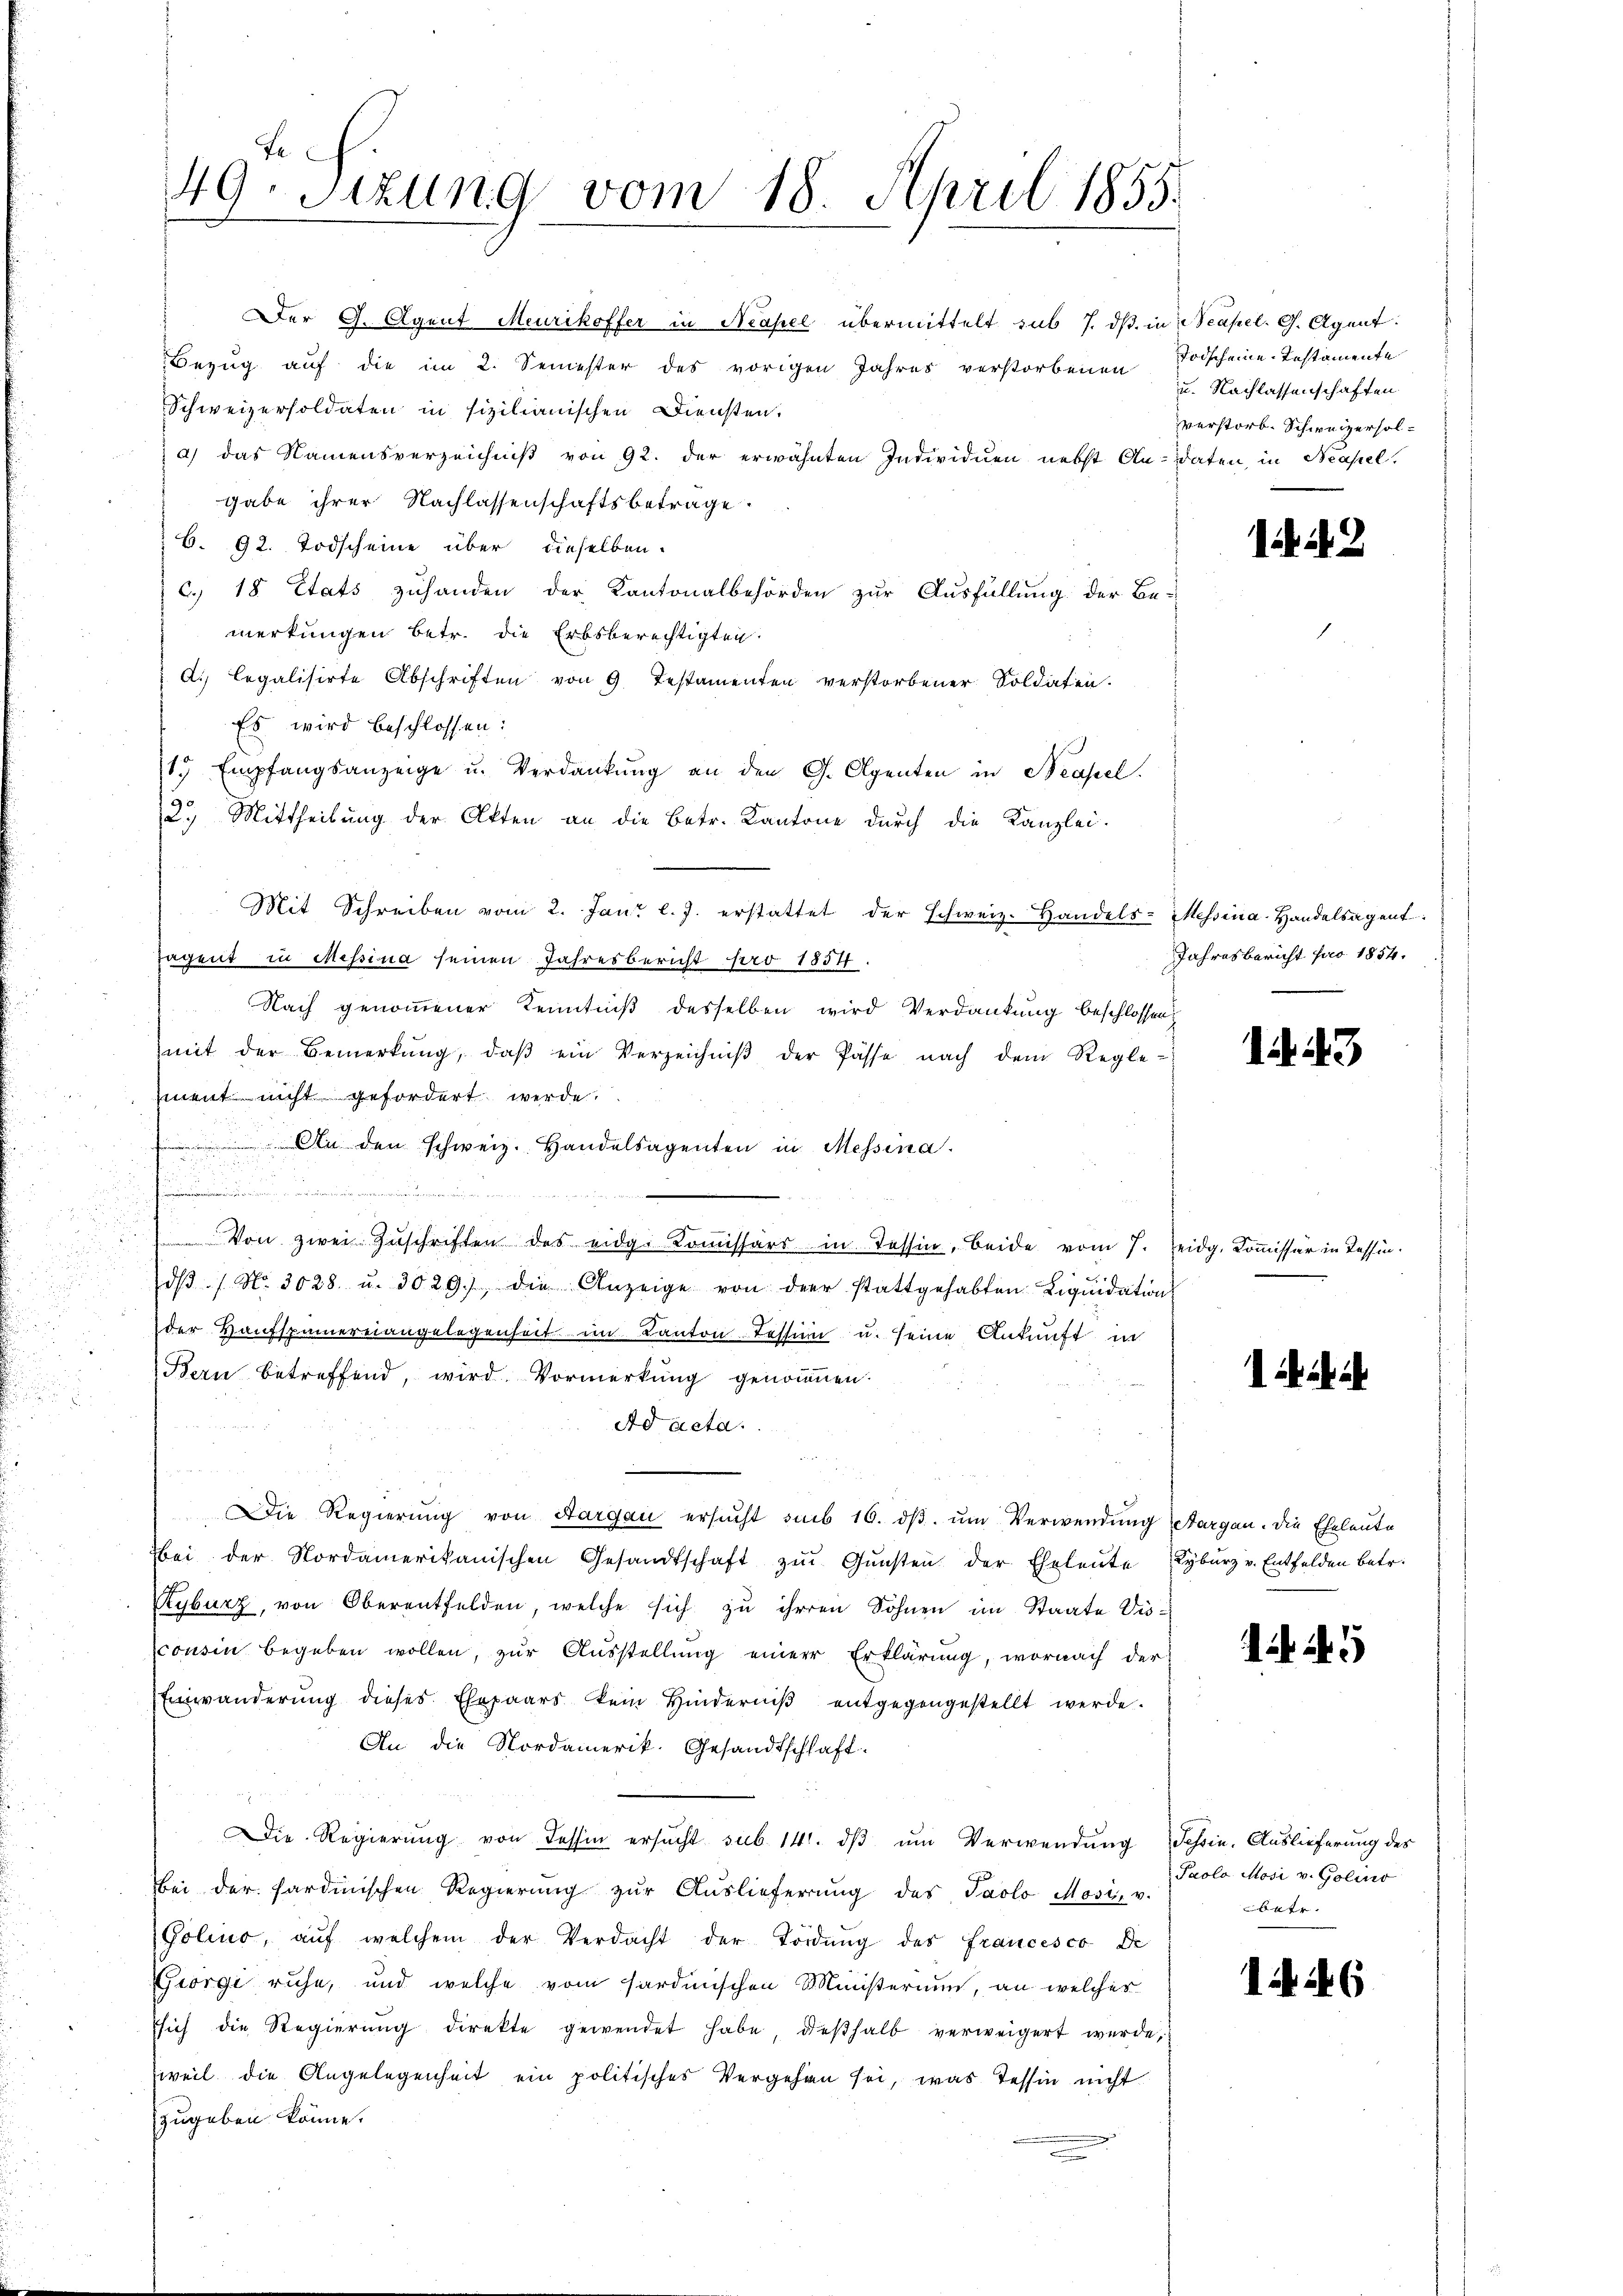
u

Der G. Agent Meurikoffer in Neapel übermittelt sub 7. ds. in Neapel. G. Agent
Bezug auf die im 2. Semester des vorigen Jahres verstorbenen Todscheine Testamente
Schweizersoldaten in sizilianischen Diensten.
a) das Namensverzeichniß von 92. der erwähnten Individuen nebst An-Daten, in Neapel.
gabe ihrer Nachlassenschaftsbetrage.
6. 92. Todscheine über dieselben.
c. 18 Etats zuhanden der Kantonalbehörden zur Ausfüllung der Be-
merkungen betr. die Erbsberechtigten.
A. legalisirte Abschriften von 9 testamenten verstorbener Soldaten.
Es wird beschlossen:
11 Empfangsanzeige u. Verdankŭng an den G. Alpenten in Neapel.
2.) Mittheilung der Akten an die betr. Kantone durch die Kanzlei-
Mit Schreiben vom 2. Jan. l. J. erstattet der Schweiz. Handels-Messina-Handelsagent
agent in Messina seinen Jahresbericht pro 1854.
Nach genommener Kenntniß desselben wird Verdankung beschlossen,
mit der Bemerkŭng, daβ ein Verzeichniβ der Pässe nach dem Regle-
iment nicht gefordert werde.
 An den schweiz. Handelsagenten in Messina.

 Von zwei Zŭschriften des eidg. Komissärs in Tessin, beide vom 7. Zeidg. Kom̅issär in Tessindβ / No. 3028 u. 3029, die Anzeige von der stattgehabten Liqŭidation
i
der Haufspamereiangelegenheit im Kanton Tessin u. seine Ankunft in
Bern betreffend, wird Vormerkung genommen.
Ad acta.
Die Regierŭng von Aargau ersŭcht sub 16. dβ. ŭm Verwendŭng Aargau. Die Eheleute
bei der Nordamerikanischen Gesandtschaft zŭ Gŭnsten der Eheleute Kyburz v. Entfelden betr.
Ryburg, von Oberentfelden, welche sich zu ihren Sohnen im Staate Vissconsin begeben wollen, zur Ausstellung einer Erklärung, wornach der
Einwänderŭng dieses Ehepaars kein Hinderniβ entgegengestellt werde.
An die Nordamerik. Gesandtschlaft.
Die Regierŭng von dessen ersŭcht sub 14. dβ ŭm Verwendung Schein. Auslieferung des
bei der sardinischen Regierŭng zŭr Aŭslieferŭng des Jaolo Mosis v.
Golino, aŭf welchem der Verdacht der Tordŭng des Francesco De
Georgi ruhe, und welche vom Sardinischen Ministerium, an welches
sich die Regierŭng direkte gewendet habe, dieβhalb verweigert werde,
weil die Angelegenheit ein politisches Vergehen sei, was Tessin nicht
zugeben könne.

49. Sizung vom 18. April 1855.

u. Nachlassenschaften
verstorb. Schweizersol¬

2

Jahresbericht pro 1854.

143

. . .

5

Paolo Mosi v. Golino
betr.

146